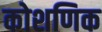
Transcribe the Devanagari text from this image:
कोशणिक